Development of the Leishman-Donovan parasite in Cimex rotundatus - Number 31
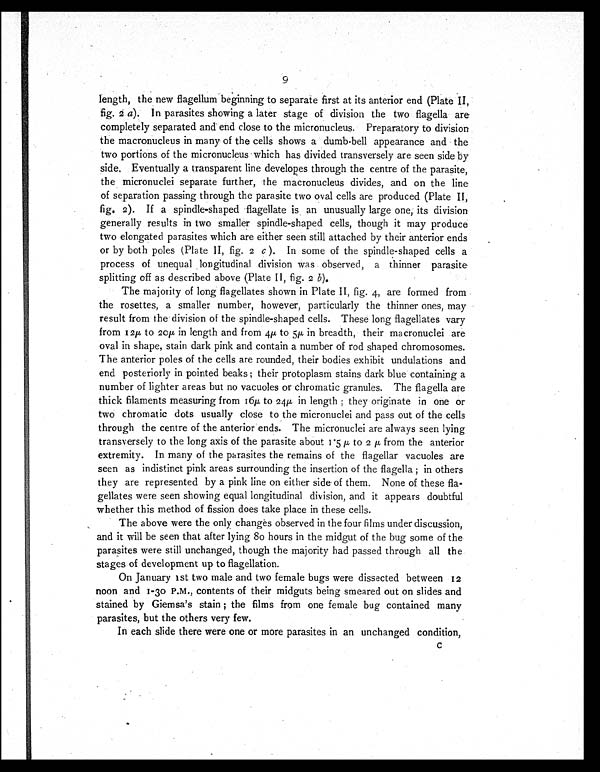
9
length, the new flagellum beginning to separate first at its anterior end (Plate II,
fig. 2 a). In parasites showing a later stage of division the two flagella are
completely separated and end close to the micronucleus. Preparatory to division
the macronucleus in many of the cells shows a dumb-bell appearance and the
two portions of the micronucleus which has divided transversely are seen side by
side. Eventually a transparent line developes through the centre of the parasite,
the micronuclei separate further, the macronucleus divides, and on the line
of separation passing through the parasite two oval cells are produced (Plate II,
fig. 2). If a spindle-shaped flagellate is an unusually large one, its division
generally results in two smaller spindle-shaped cells, though it may produce
two elongated parasites which are either seen still attached by their anterior ends
or by both poles (Plate II, fig. 2 c ). In some of the spindle-shaped cells a
process of unequal longitudinal division was observed, a thinner parasite
splitting off as described above (Plate II, fig. 2 b).
The majority of long flagellates shown in Plate II, fig. 4, are formed from
the rosettes, a smaller number, however, particularly the thinner ones, may
result from the division of the spindle-shaped cells. These long flagellates vary
from 12µ to 20µ in length and from 4µ to 5µ in breadth, their macronuclei are
oval in shape, stain dark pink and contain a number of rod shaped chromosomes.
The anterior poles of the cells are rounded, their bodies exhibit undulations and
end posteriorly in pointed beaks; their protoplasm stains dark blue containing a
number of lighter areas but no vacuoles or chromatic granules. The flagella are
thick filaments measuring from 16µ to 24µ in length ; they originate in one or
two chromatic dots usually close to the micronuclei and pass out of the cells
through the centre of the anterior ends. The micronuclei are always seen lying
transversely to the long axis of the parasite about 1.5µ to 2µ from the anterior
extremity. In many of the parasites the remains of the flagellar vacuoles are
seen as indistinct pink areas surrounding the insertion of the flagella ; in others
they are represented by a pink line on either side of them. None of these fla-
gellates were seen showing equal longitudinal division, and it appears doubtful
whether this method of fission does take place in these cells.
The above were the only changes observed in the four films under discussion,
and it will be seen that after lying 80 hours in the midgut of the bug some of the
parasites were still unchanged, though the majority had passed through all the
stages of development up to flagellation.
On January 1st two male and two female bugs were dissected between 12
noon and 1.3o P.M., contents of their midguts being smeared out on slides and
stained by Giemsa's stain ; the films from one female bug contained many
parasites, but the others very few.
In each slide there were one or more parasites in an unchanged condition,